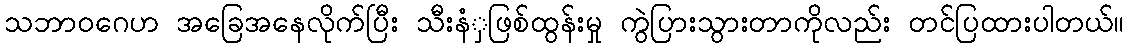
သဘာဝဂေဟ အခြေအနေလိုက်ပြီး သီးနံှဖြစ်ထွန်းမှု ကွဲပြားသွားတာကိုလည်း တင်ပြထားပါတယ်။